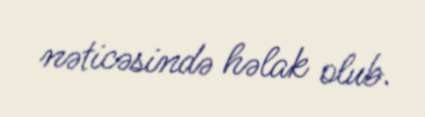
nəticəsində həlak olub.